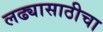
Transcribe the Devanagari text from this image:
लढ्यासाठीचा